Civil Veterinary Department. Madras. Admin. report 1926-33 - 1926-1933
Year: 1926
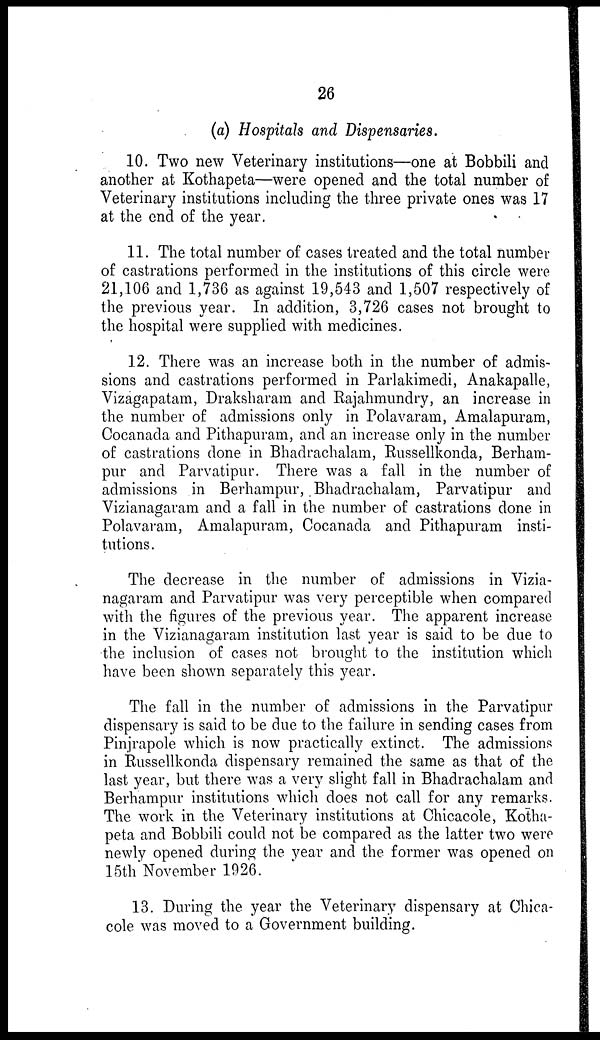
26
(a) Hospitals and Dispensaries.
10. Two new Veterinary institutions—one at Bobbili and
another at Kothapeta—were opened and the total number of
Veterinary institutions including the three private ones was 17
at the end of the year.
11. The total number of cases treated and the total number
of castrations performed in the institutions of this circle were
21,106 and 1,736 as against 19,543 and 1,507 respectively of
the previous year. In addition, 3,726 cases not brought to
the hospital were supplied with medicines.
12. There was an increase both in the number of admis-
sions and castrations performed in Parlakimedi, Anakapalle,
Vizagapatam, Draksharam and Rajahmundry, an increase in
the number of admissions only in Polavaram, Amalapuram,
Cocanada and Pithapuram, and an increase only in the number
of castrations done in Bhadrachalam, Russellkonda, Berham-
pur and Parvatipur. There was a fall in the number of
admissions in Berhampur, Bhadrachalam, Parvatipur and
Vizianagaram and a fall in the number of castrations done in
Polavaram, Amalapuram, Cocanada and Pithapuram insti-
tutions.
The decrease in the number of admissions in Vizia-
nagaram and Parvatipur was very perceptible when compared
with the figures of the previous year. The apparent increase
in the Vizianagaram institution last year is said to be due to
the inclusion of cases not brought to the institution which
have been shown separately this year.
The fall in the number of admissions in the Parvatipur
dispensary is said to be due to the failure in sending cases from
Pinjrapole which is now practically extinct. The admissions
in Russellkonda dispensary remained the same as that of the
last year, but there was a very slight fall in Bhadrachalam and
Berhampur institutions which does not call for any remarks.
The work in the Veterinary institutions at Chicacole, Kotha-
peta and Bobbili could not be compared as the latter two were
newly opened during the year and the former was opened on
15th November 1026.
13. During the year the Veterinary dispensary at Chica-
cole was moved to a Government building.